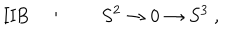
\mathrm { I I B } \quad : \qquad S ^ { 2 } \to 0 \to S ^ { 3 } ~ ,